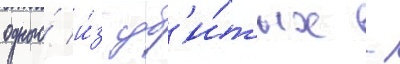
одного́ и́з уб'и́тых -